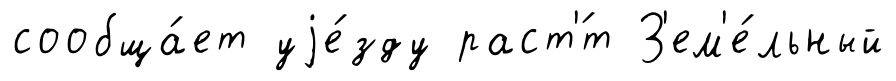
сообща́ет уjе́зду раст'́т З'ем'е́льный